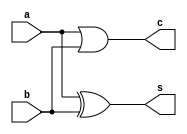
`timescale 1ns / 1ps
module ha(input a,b,
output s,c

    );
    assign s=a^b;
    assign c=a|b;
    endmodule

/////////////////usung parameter
module hap(input a1,b1,
output s1,c1

    );
     xor m1(s1,a1,b1);
     
    and m2(c1,a1,b1);
    

    
    
    
endmodule